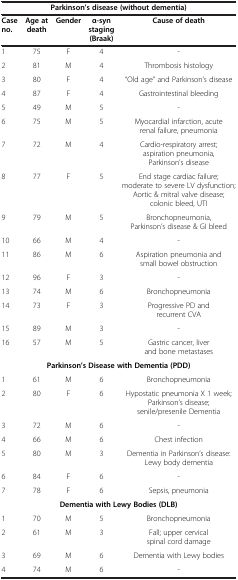
<table><thead><tr><td colspan="5"><b>Parkinson’s disease (without dementia)</b></td></tr><tr><td><b>Case no.</b></td><td><b>Age at death</b></td><td><b>Gender</b></td><td><b>α-syn staging (Braak)</b></td><td><b>Cause of death</b></td></tr></thead><tbody><tr><td>1</td><td>75</td><td>F</td><td>4</td><td>-</td></tr><tr><td>2</td><td>81</td><td>M</td><td>4</td><td>Thrombosis histology</td></tr><tr><td>3</td><td>80</td><td>F</td><td>4</td><td>“Old age” and Parkinson’s disease</td></tr><tr><td>4</td><td>87</td><td>F</td><td>4</td><td>Gastrointestinal bleeding</td></tr><tr><td>5</td><td>49</td><td>M</td><td>5</td><td>-</td></tr><tr><td>6</td><td>75</td><td>M</td><td>5</td><td>Myocardial infarction, acute renal failure, pneumonia</td></tr><tr><td>7</td><td>72</td><td>M</td><td>4</td><td>Cardio-respiratory arrest; aspiration pneumonia, Parkinson’s disease</td></tr><tr><td>8</td><td>77</td><td>F</td><td>5</td><td>End stage cardiac failure; moderate to severe LV dysfunction; Aortic &amp; mitral valve disease; colonic bleed, UTI</td></tr><tr><td>9</td><td>79</td><td>M</td><td>5</td><td>Bronchopneumonia, Parkinson’s disease &amp; GI bleed</td></tr><tr><td>10</td><td>66</td><td>M</td><td>4</td><td>-</td></tr><tr><td>11</td><td>86</td><td>M</td><td>6</td><td>Aspiration pneumonia and small bowel obstruction</td></tr><tr><td>12</td><td>96</td><td>F</td><td>3</td><td>-</td></tr><tr><td>13</td><td>74</td><td>M</td><td>6</td><td>Bronchopneumonia</td></tr><tr><td>14</td><td>73</td><td>F</td><td>3</td><td>Progressive PD and recurrent CVA</td></tr><tr><td>15</td><td>89</td><td>M</td><td>3</td><td>-</td></tr><tr><td>16</td><td>57</td><td>M</td><td>5</td><td>Gastric cancer, liver and bone metastases</td></tr><tr><td colspan="5"><b>Parkinson’s Disease with Dementia (PDD)</b></td></tr><tr><td>1</td><td>61</td><td>M</td><td>6</td><td>Bronchopneumonia</td></tr><tr><td>2</td><td>80</td><td>F</td><td>6</td><td>Hypostatic pneumonia X 1 week; Parkinson’s disease; senile/presenile Dementia</td></tr><tr><td>3</td><td>72</td><td>M</td><td>6</td><td>-</td></tr><tr><td>4</td><td>66</td><td>M</td><td>6</td><td>Chest infection</td></tr><tr><td>5</td><td>80</td><td>M</td><td>3</td><td>Dementia in Parkinson’s disease: Lewy body dementia</td></tr><tr><td>6</td><td>84</td><td>F</td><td>6</td><td>-</td></tr><tr><td>7</td><td>78</td><td>F</td><td>6</td><td>Sepsis, pneumonia</td></tr><tr><td colspan="5"><b>Dementia with Lewy Bodies (DLB)</b></td></tr><tr><td>1</td><td>70</td><td>M</td><td>5</td><td>Bronchopneumonia</td></tr><tr><td>2</td><td>61</td><td>M</td><td>3</td><td>Fall; upper cervical spinal cord damage</td></tr><tr><td>3</td><td>69</td><td>M</td><td>6</td><td>Dementia with Lewy bodies</td></tr><tr><td>4</td><td>74</td><td>M</td><td>6</td><td>-</td></tr></tbody></table>